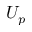
U _ { p }